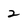
Character: 2